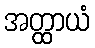
အတ္ထာယံ